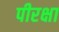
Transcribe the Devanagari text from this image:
पीरक्षा